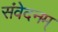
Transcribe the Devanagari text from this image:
संवेदनम्‌